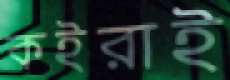
কইরাই